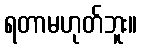
ရတာမဟုတ်ဘူး။